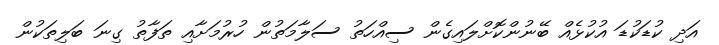
އަދި ކުޑަކުޑަ އުކުުޅެއް ބޭނުންކޮށްލައިގެން ސިއްހަތު ސަލާމަތުން ހުރުމަށާއި ތަފާތު ގިނަ ބަލިތަކުން